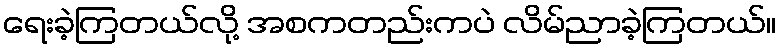
ရေးခဲ့ကြတယ်လို့ အစကတည်းကပဲ လိမ်ညာခဲ့ကြတယ်။